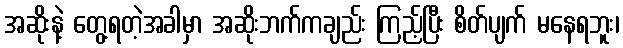
အဆိုးနဲ့ တွေ့ရတဲ့အခါမှာ အဆိုးဘက်ကချည်း ကြည့်ပြီး စိတ်ပျက် မနေရဘူး၊